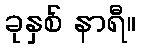
ခုနှစ် နာရီ။